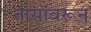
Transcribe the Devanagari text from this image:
तासांवरून